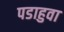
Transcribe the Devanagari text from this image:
पडाहुवा